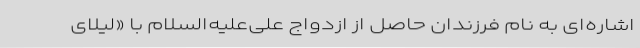
اشاره‌ای به نام فرزندان حاصل از ازدواج علی‌علیه‌السلام با «لیلای